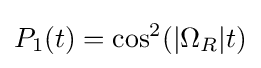
P_{1}(t)=\cos ^{2}(|\Omega _{R}|t)